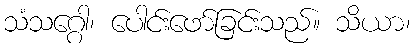
သံသဂ္ဂေါ၊ ပေါင်းဖော်ခြင်းသည်။ သိယာ၊